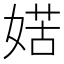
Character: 𡞯